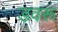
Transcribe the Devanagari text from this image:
डवरू